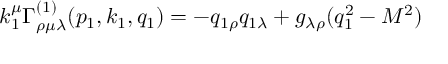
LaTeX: k _ { 1 } ^ { \mu } \Gamma _ { \rho \mu \lambda } ^ { ( 1 ) } ( p _ { 1 } , k _ { 1 } , q _ { 1 } ) = - q _ { 1 \rho } q _ { 1 \lambda } + g _ { \lambda \rho } ( q _ { 1 } ^ { 2 } - M ^ { 2 } )